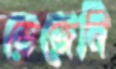
ভেজেনি